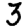
Digit: 3